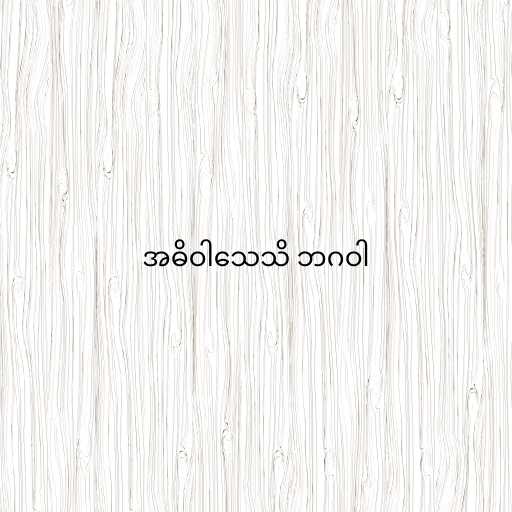
အဓိဝါသေသိ ဘဂဝါ